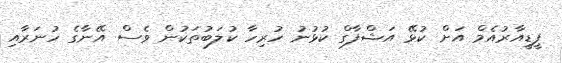
ޕީޑީއާރުއެމް އަށް ކުޅޭ އަޝްފާގް ކުޅުނު ހުރިހާ ކުލަބުތަކުން ވެސް އޭނާގެ ހުނަރާއި